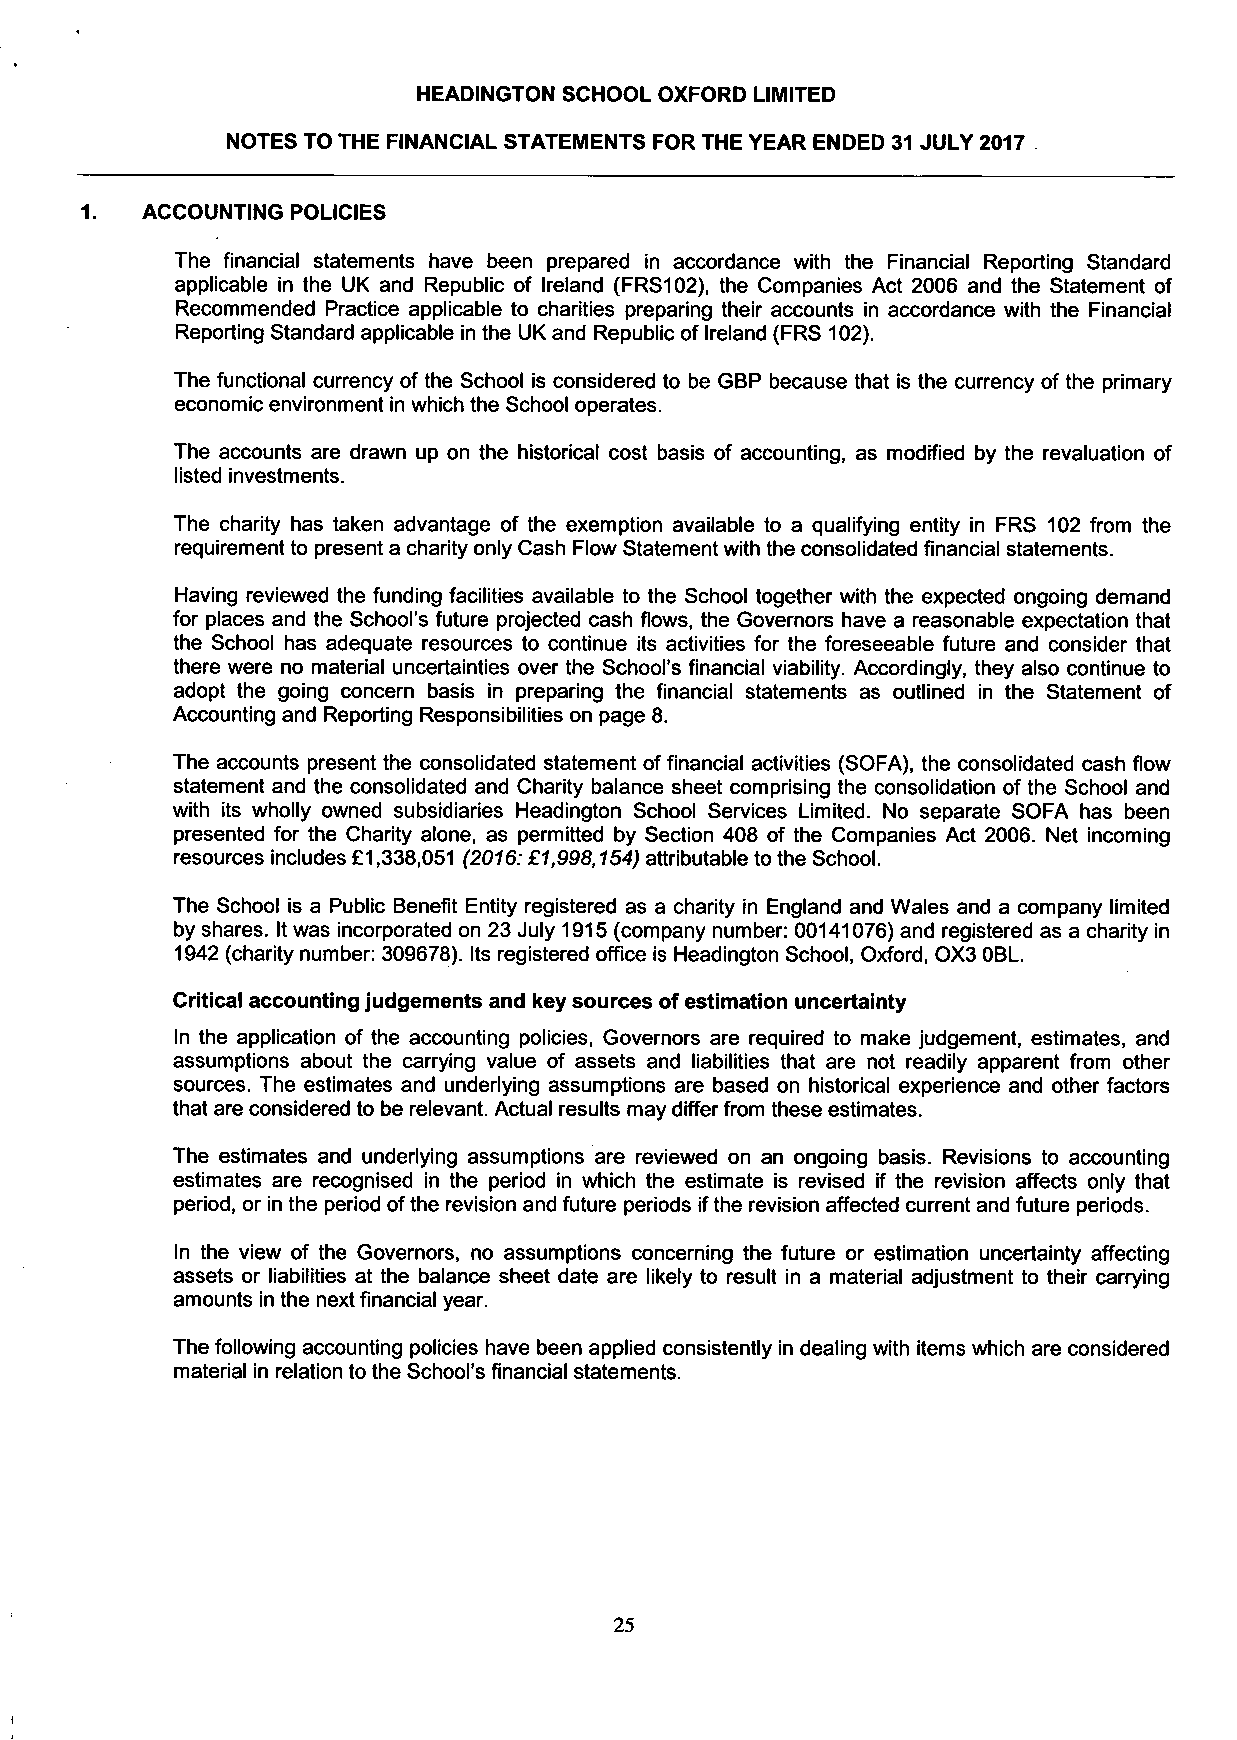
HEADINGTON SCHOOL OXFORD LIMITED
 NOTES TO THE FINANCIAL STATEMENTS FOR THE YEAR ENDED 31 JULY 2017
 1.  ACCOUNTING POLICIES
 The financial statements have been prepared in accordance with the Financial Reporting Standard
 applicable in the UK and Republic of Ireland (FRS102), the Companies Act 2006 and the Statement of
 Recommended Practice applicable to charities preparing their accounts in accordance with the Financial
 Reporting Standard applicable in the UK and Republic of Ireland (FRS 102).
 The functional currency of the School is considered to be GBP because that is the currency of the primary
 economic environment in which the School operates.
 The accounts are drawn up on the historical cost basis of accounting, as modified by the revaluation of
 listed investments.
 The charity has taken advantage of the exemption available to a qualifying entity in FRS 102 from the
 requirement to present a charity only Cash Flow Statement with the consolidated financial statements.
 Having reviewed the funding facilities available to the School together with the expected ongoing demand
 for places and the School's future projected cash flows, the Governors have a reasonable expectation that
 the School has adequate resources to continue its activities for the foreseeable future and consider that
 there were no material uncertainties over the School's financial viability. Accordingly, they also continue to
 adopt the going concern basis in preparing the financial statements as outlined in the Statement of
 Accounting and Reporting Responsibilities on page 8.
 The accounts present the consolidated statement of financial activities (SOFA), the consolidated cash flow
 statement and the consolidated and Charity balance sheet comprising the consolidation of the School and
 with its wholly owned subsidiaries Headington School Services Limited. No separate SOFA has been
 presented for the Charity alone, as permitted by Section 408 of the Companies Act 2006. Net incoming
 resources includes £1,338,051 (2016: £1,998,154) attributable to the School.
 The School is a Public Benefit Entity registered as a charity in England and Wales and a company limited
 by shares. It was incorporated on 23 July 1915 (company number: 00141076) and registered as a charity in
 1942 (charity number: 309678). Its registered office is Headington School, Oxford, OX3 OBL.
 Critical accounting judgements and key sources of estimation uncertainty
 In the application of the accounting policies, Governors are required to make judgement, estimates, and
 assumptions about the carrying value of assets and liabilities that are not readily apparent from other
 sources. The estimates and underlying assumptions are based on historical experience and other factors
 that are considered to be relevant. Actual results may differ from these estimates.
 The estimates and underlying assumptions are reviewed on an ongoing basis. Revisions to accounting
 estimates are recognised in the period in which the estimate is revised if the revision affects only that
 period, or in the period of the revision and future periods if the revision affected current and future periods.
 In the view of the Governors, no assumptions concerning the future or estimation uncertainty affecting
 assets or liabilities at the balance sheet date are likely to result in a material adjustment to their carrying
 amounts in the next financial year.
 The following accounting policies have been applied consistently in dealing with items which are considered
 material in relation to the School's financial statements.
 25